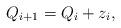
LaTeX: \begin{align*}Q_{i+1}=Q_i+z_i,\end{align*}